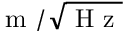
\mathrm { ~ m ~ } / \sqrt { \mathrm { ~ H ~ z ~ } }